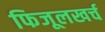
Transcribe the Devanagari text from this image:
फिजूलखर्च